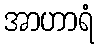
အာဟာရံ